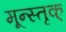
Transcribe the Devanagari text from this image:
मून्स्तृक्